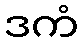
ဒကံ